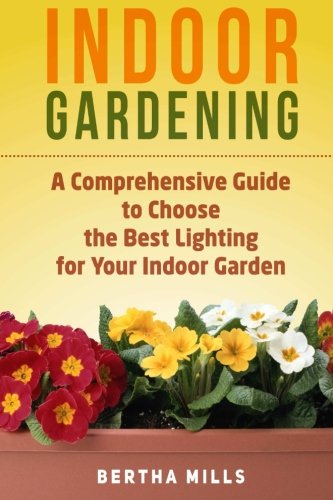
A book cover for Indoor Gardening: A Comprehensive Guide To Choose The Best Lighting For Your Indoor Garden (indoor gardening, indoor herb gardens, indoor vegetable garden); Bertha Mills; Crafts, Hobbies & Home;